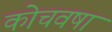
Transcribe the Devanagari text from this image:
कोचवषा